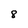
Character: 8